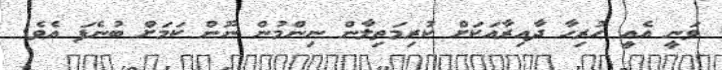
ވަނީ އެއީ ހުރިހާ ދާއިރާއަކަށް ކުރިމަތިލާން ނިންމުން ނޫން ކަމަށް ބުނެފަ އެވެ.